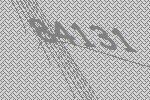
84131